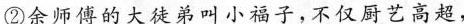
②余师傅的大徒弟叫小福子，不仅厨艺高超，